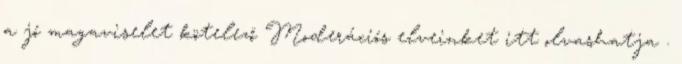
a jó magaviselet kötelező Moderációs elveinket itt olvashatja .